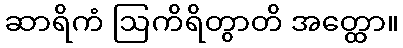
ဆာရိကံ ဩကိရိတွာတိ အတ္ထော။